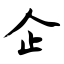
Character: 企